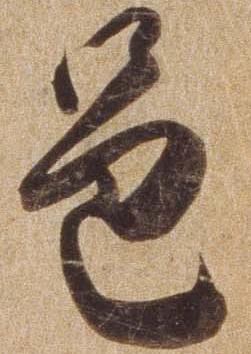
邑